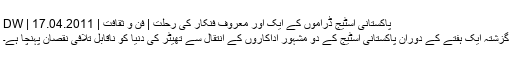
پاکستانی اسٹیج ڈراموں کے ایک اور معروف فنکار کی رحلت | فن و ثقافت | DW | 17.04.2011
گزشتہ ایک ہفتے کے دوران پاکستانی اسٹیج کے دو مشہور اداکاروں کے انتقال سے تھیٹر کی دنیا کو ناقابل تلافی نقصان پہنچا ہے۔